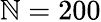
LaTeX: \mathbb{N}=200